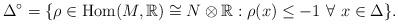
LaTeX: \begin{align*}\Delta^\circ = \{ \rho \in \mathrm{Hom}(M,\mathbb{R})\cong N \otimes \mathbb{R} : \rho(x) \leq -1 \, \, \forall \, \, x \in \Delta \}.\end{align*}